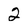
Character: 2